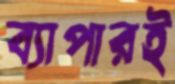
ব্যাপারই